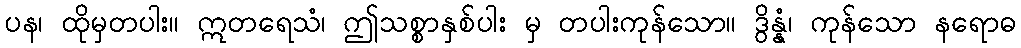
ပန၊ ထိုမှတပါး။ ဣတရေသံ၊ ဤသစ္စာနှစ်ပါး မှ တပါးကုန်သော။ ဒွိန္နံ၊ ကုန်သော နရောဓ